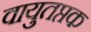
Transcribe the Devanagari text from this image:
वायुतप्तक